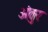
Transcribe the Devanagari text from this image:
अंतुर